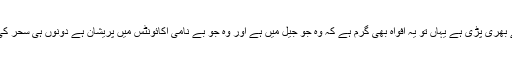
جادو نگری کرداروں سے بھری پڑی ہے یہاں تو یہ افواہ بھی گرم ہے کہ وہ جو جیل میں ہے اور وہ جو بے نامی اکائونٹس میں پریشان ہے دونوں ہی سحر کی نظر کا شکار ہوئے ہیں۔